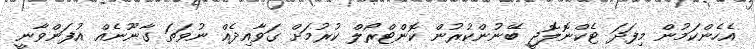
އެހެންކަމުން މިފަދަ ޓެކްނޮލޮޖީ ބޭނުންކުރުން ކޮންޓްރޯލް ކުރުމަށް ގަވާއިދެއް ނުވަތަ ގާނޫނެއް އުފަންވާނީ